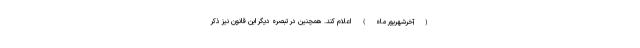
(آخرشهریور ماه) اعلام کند. همچنین در تبصره دیگر این قانون نیز ذکر